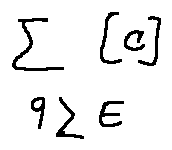
\sum \limits _ { 9 \geq E } [ C ]